Annual report on the Civil Veterinary Department, Burma (including the Insein Veterinary School) - 1910-1922
Year: 1910
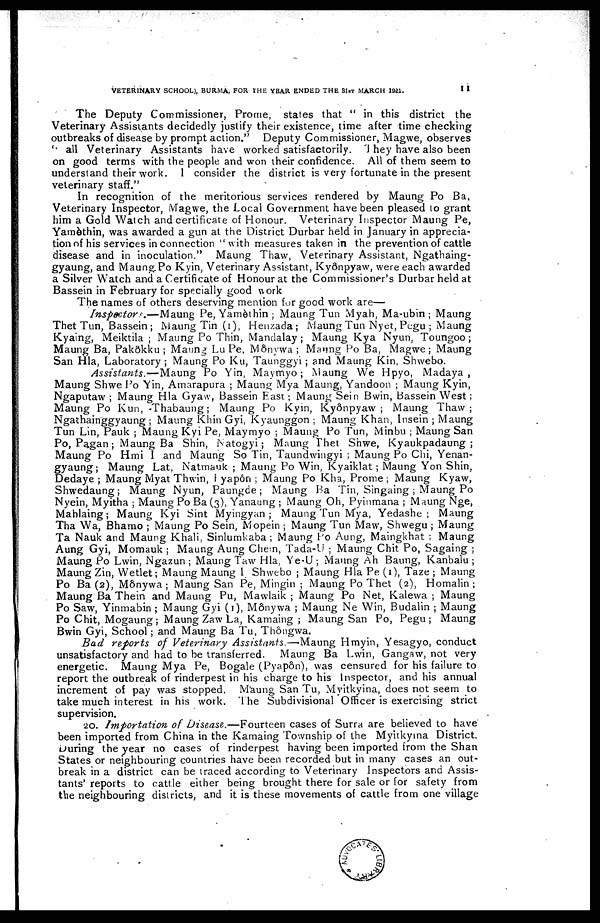
VETERINARY SCHOOL), BURMA, FOR THE YEAR ENDED THE 31ST MARCH 1921.
11
The Deputy Commissioner, Prome, states that " in this district the
Veterinary Assistants decidedly justify their existence, time after time checking
outbreaks of disease by prompt action." Deputy Commissioner, Magwe, observes
" all Veterinary Assistants have worked satisfactorily. They have also been
on good terms with the people and won their confidence. All of them seem to
understand their work. I consider the district is very fortunate in the present
veterinary staff."
In recognition of the meritorious services rendered by Maung Po Ba,
Veterinary Inspector, Magwe, the Local Government have been pleased to grant
him a Gold Watch and certificate of Honour. Veterinary Inspector Maung Pe,
Yamèthin, was awarded a gun at the District Durbar held in January in apprecia-
tion of his services in connection " with measures taken in the prevention of cattle
disease and in inoculation." Maung Thaw, Veterinary Assistant, Ngathaing-
gyaung, and Maung Po Kyin, Veterinary Assistant, Kyônpyaw, were each awarded
a Silver Watch and a Certificate of Honour at the Commissioner's Durbar held at
Bassein in February for specially good work
The names of others deserving mention for good work are—
Inspectors.—Maung
Pe, Yamethin ; Maung Tun Myah, Ma-ubin ; Maung
Thet Tun, Bassein ; Maung Tin (1), Henzada; Maung Tun Nyet, Pegu ; Maung
Kyaing, Meiktila ; Maung Po Thin, Mandalay ; Maung Kya Nyun, Toungoo;
Maung Ba, Pakôkku ; Maung Lu Pe, Monywa ; Manng Po Ba, Magwe; Maung
San Hla, Laboratory ; Maung Po Ku, Taunggyi ; and Maung Kin, Shwebo.
Assistants.—Maung
Po Yin, Maymyo ; Maung We Hpyo, Madaya ,
Maung Shwe Po Yin, Amarapura ; Maung Mya Maung, Yandoon ; Maung Kyin,
Ngaputaw ; Maung Hla Gyaw, Bassein East; Maung Sein Bwin, Bassein West;
Maung Po Kun, Thabaung ; Maung Po Kyin, Kyônpyaw; Maung Thaw;
Ngathainggyaung ; Maung Khin Gyi, Kyaunggon ; Maung Khan, Insein ; Maung
Tun Lin, Pauk ; Maung Kyi Pe, Maymyo ; Maung Po Tun, Minbu ; Maung San
Po, Pagan; Maung Ba Shin, Natogyi; Maung Thet Shwe, Kyaukpadaung ;
Maung Po Hmi I and Maung So Tin, Taundwingyi ; Maung Po Chi, Yenan-
gyaung; Maung Lat, Natmauk ; Maung Po Win, Kyaiklat; Maung Yon Shin,
Dedaye ; Maung Myat Thwin, Tyapôn ; Maung Po Kha, Prome ; Maung Kyaw,
Shwedaung; Maung Nyun, Paungde ; Maung Ba Tin, Singaing ; Maung Po
Nyein, Myitha ; Maung Po Ba (3), Yanaung ; Maung Oh, Pyinmana ; Maung Nge,
Mahlaing; Maung Kyi Sint Myingyan ; Maung Tun Mya, Yedashe ; Maung
Tha Wa, Bhamo ; Maung Po Sein, Mopein ; Maung Tun Maw, Shwegu ; Maung
Ta Nauk and Maung Khali. Sinlumkaba ; Maung Po Aung, Maingkhat ; Maung
Aung Gyi, Momauk ; Maung Aung Chen, Tada-U ; Maung Chit Po, Sagaing ;
Maung Po Lwin, Ngazun ; Maung Taw Hla, Ye-U ; Maung Ah Baung, Kanbalu ;
Maung Zin, Wetlet; Maung Maung 1. Shwebo ; Maung Hla Pe (1), Taze ; Maung
Po Ba (2), Mônywa ; Maung San Pe, Mingin ; Maung Po Thet (2), Homalin ;
Maung Ba Thein and Maung Pu, Mawlaik ; Maung Po Net, Kalewa ; Maung
Po Saw, Yinmabin ; Maung Gyi (1), Monywa ; Maung Ne Win, Budalin ; Maung
Po Chit, Mogaung; Maung Zaw La, Kamaing ; Maung San Po, Pegu; Maung
Bwin Gyi, School; and Maung Ba Tu, Thôngwa.
Bad reports of Veterinary Assistants.—Maung
Hmyin, Yesagyo, conduct
unsatisfactory and had to be transferred.
Maung Ba Lwin, Gangaw, not very
energetic. Maung Mya Pe, Bogale (Pyapôn), was censured for his failure to
report the outbreak of rinderpest in his charge to his Inspector, and his annual
increment of pay was stopped. Maung San Tu, Myitkyina, does not seem to
take much interest in his work. The Subdivisional Officer is exercising strict
supervision.
20. Importation of Disease.—Fourteen cases of Surra are believed to have
been imported from China in the Kamaing Township of the Myitkyina District.
During the year no cases of rinderpest having been imported from the Shan
States or neighbouring countries have been recorded but in many cases an out-
break in a district can be traced according to Veterinary Inspectors and Assis-
tants' reports to cattle either being brought there for sale or for safety from
the neighbouring districts, and it is these movements of cattle from one village